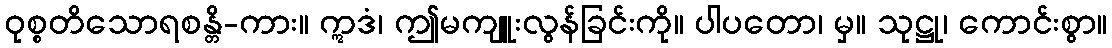
ဝုစ္စတိသောရစန္တိ-ကား။ ဣဒံ၊ ဤမကျူးလွန်ခြင်းကို။ ပါပတော၊ မှ။ သုဋ္ဌု၊ ကောင်းစွာ။